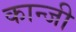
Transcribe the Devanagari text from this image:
कान्जी